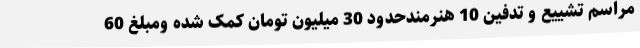
مراسم تشییع و تدفین 10 هنرمندحدود 30 میلیون تومان کمک شده ومبلغ 60